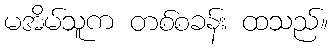
မအိမ်သူက တစ်စခန်း ထသည်။